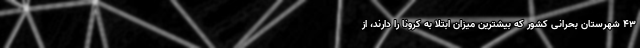
۴۳ شهرستان بحرانی کشور که بیشترین میزان ابتلا به کرونا را دارند، از